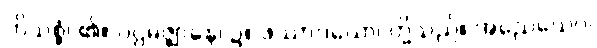
ဟိသစ္စံ၊ ၏။ ပဌမဇ္ဈာနေ၊ ၌။ ဖဿာဒယော၊ တို့သည်။ အညေယေဝ၊